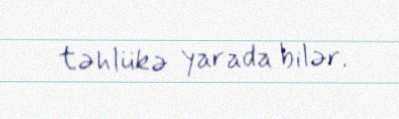
təhlükə yarada bilər.